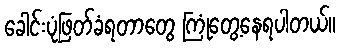
ခေါင်းပုံဖြတ်ခံရတာတွေ ကြုံတွေ့နေရပါတယ်။